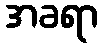
အခရာ